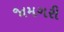
જામગરી